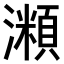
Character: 𤁾